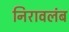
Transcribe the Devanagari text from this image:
निरावलंब